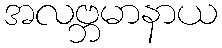
အလဗ္ဘမာနာယ